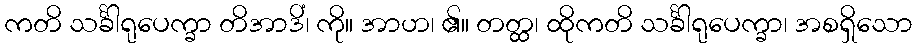
ကတိ သင်္ခါရုပေက္ခာ တိအာဒိံ၊ ကို။ အာဟ၊ ၏။ တတ္ထ၊ ထိုကတိ သင်္ခါရုပေက္ခာ၊ အစရှိသော